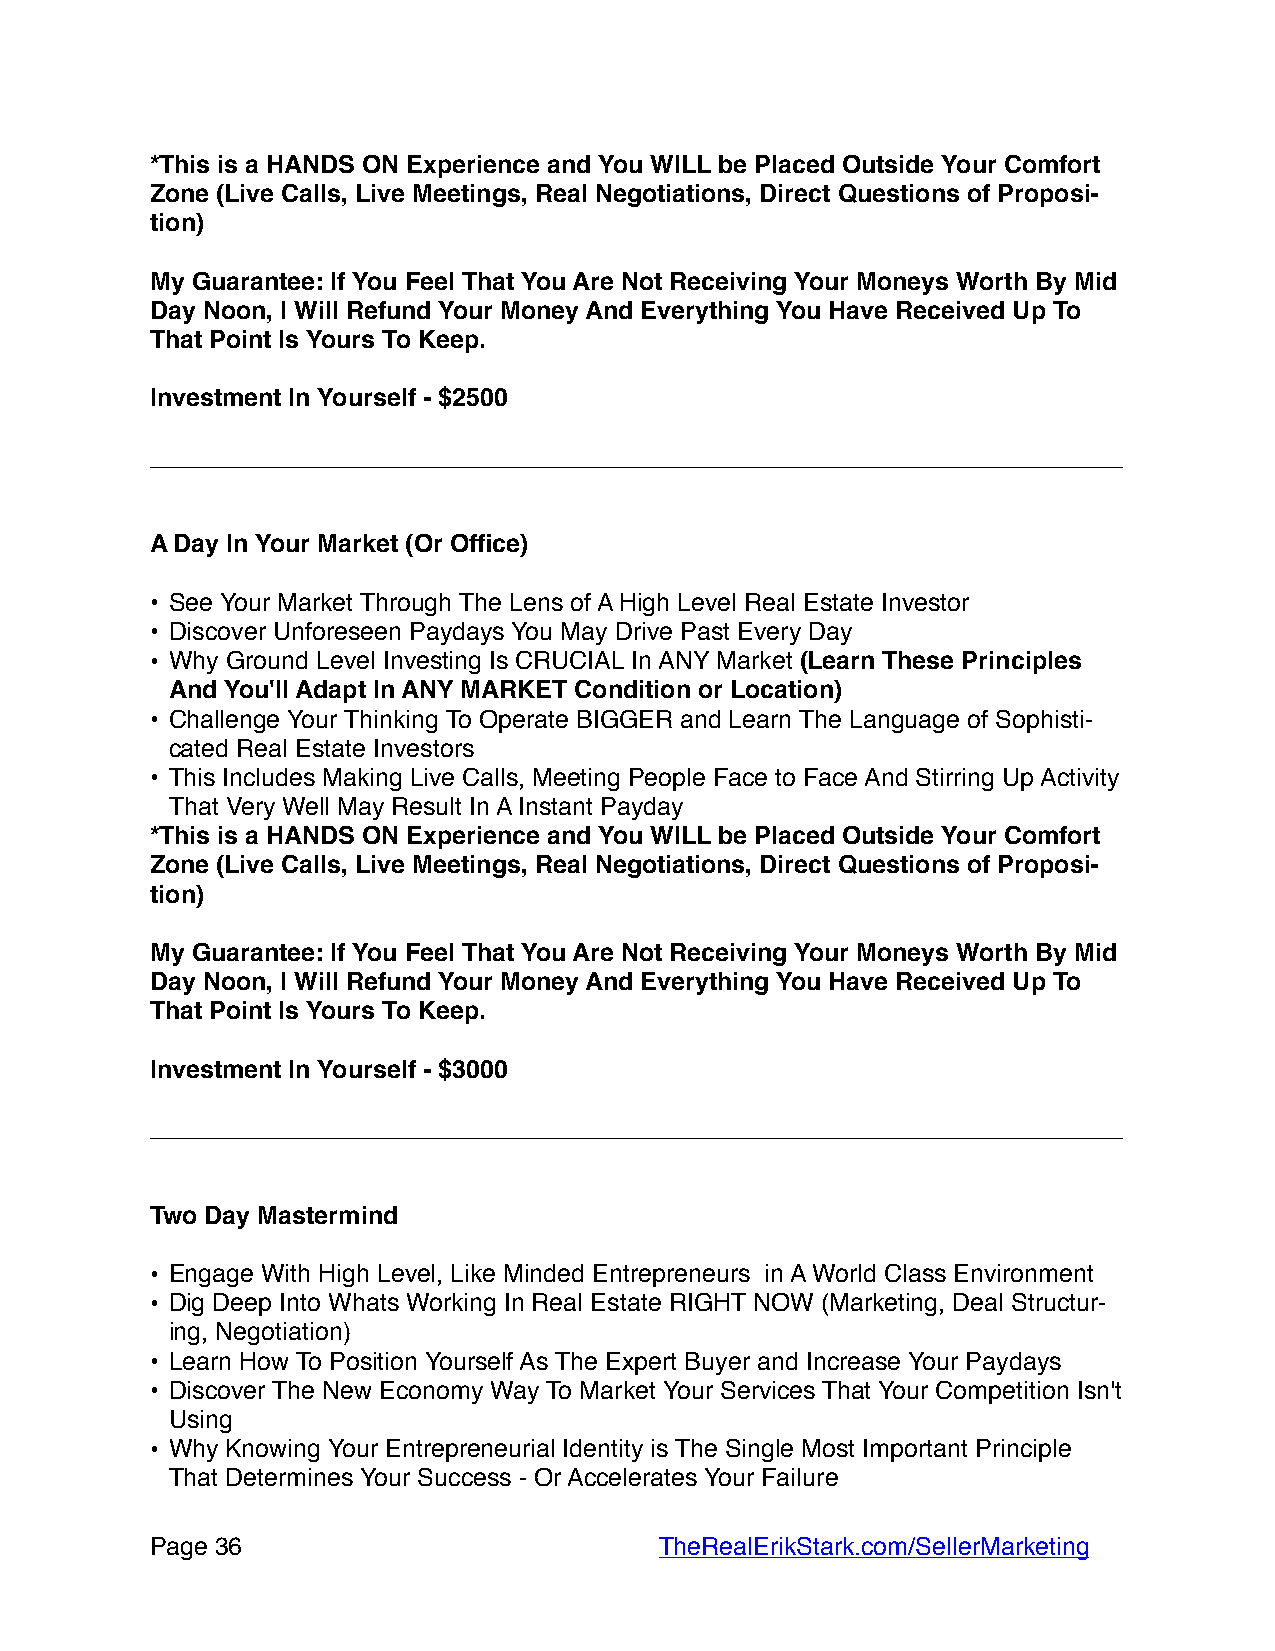
*This is a HANDS ON Experience and You WILL be Placed Outside Your Comfort
 Zone (Live Calls, Live Meetings, Real Negotiations, Direct Questions of Proposi-
 tion)
 My Guarantee: If You Feel That You Are Not Receiving Your Moneys Worth By Mid
 Day Noon, I Will Refund Your Money And Everything You Have Received Up To
 That Point Is Yours To Keep.
 Investment In Yourself - $2500
 ______________________________________________________________________
 A Day In Your Market (Or Office)
 • See Your Market Through The Lens of A High Level Real Estate Investor
 • Discover Unforeseen Paydays You May Drive Past Every Day
 • Why Ground Level Investing Is CRUCIAL In ANY Market (Learn These Principles
 And You'll Adapt In ANY MARKET Condition or Location)
 • Challenge Your Thinking To Operate BIGGER and Learn The Language of Sophisti-
 cated Real Estate Investors
 • This Includes Making Live Calls, Meeting People Face to Face And Stirring Up Activity
 That Very Well May Result In A Instant Payday
 *This is a HANDS ON Experience and You WILL be Placed Outside Your Comfort
 Zone (Live Calls, Live Meetings, Real Negotiations, Direct Questions of Proposi-
 tion)
 My Guarantee: If You Feel That You Are Not Receiving Your Moneys Worth By Mid
 Day Noon, I Will Refund Your Money And Everything You Have Received Up To
 That Point Is Yours To Keep.
 Investment In Yourself - $3000
 ______________________________________________________________________
 Two Day Mastermind
 • Engage With High Level, Like Minded Entrepreneurs in A World Class Environment
 • Dig Deep Into Whats Working In Real Estate RIGHT NOW (Marketing, Deal Structur-
 ing, Negotiation)
 • Learn How To Position Yourself As The Expert Buyer and Increase Your Paydays
 • Discover The New Economy Way To Market Your Services That Your Competition Isn't
 Using
 • Why Knowing Your Entrepreneurial Identity is The Single Most Important Principle
 That Determines Your Success - Or Accelerates Your Failure
 Page 3 6                         TheRealErikStark.com/SellerMarketing